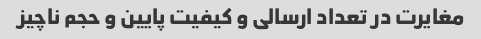
مغایرت در تعداد ارسالی و کیفیت پایین و حجم ناچیز